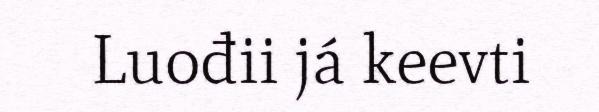
Luođii já keevti